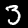
Digit: 3